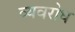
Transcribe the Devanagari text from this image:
व्यवरोध